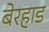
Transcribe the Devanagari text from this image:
बेरहाड